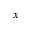
x